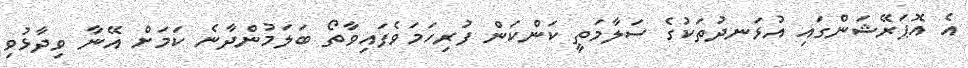
އެ އޮޕަރޭޝަންގައި އުޅަނދުތަކުގެ ސަލާމަތީ ކަންކަން ފުރިހަމަވެފައިވާތޯ ބަލަމުންދާނެ ކަމަށް އޭނާ ވިދާޅުވި